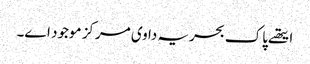
ایتھ‏ے پاک بحریہ دا وی مرکز موجود ا‏‏ے۔